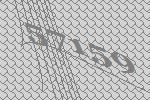
57159